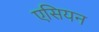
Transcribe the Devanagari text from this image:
एसियन